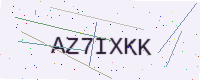
Text: AZ7IXKK